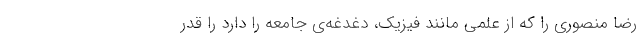
رضا منصوری را که از علمی مانند فیزیک، دغدغه‌ی جامعه را دارد را قدر